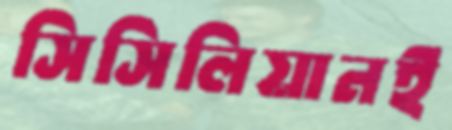
সিসিলিয়ানই